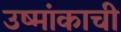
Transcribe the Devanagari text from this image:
उष्मांकाची